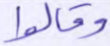
وقالوا